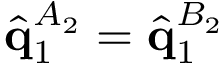
\hat { \mathbf { q } } _ { 1 } ^ { A _ { 2 } } = \hat { \mathbf { q } } _ { 1 } ^ { B _ { 2 } }